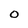
Character: 0